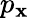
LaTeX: p_{\mathbf{x}}